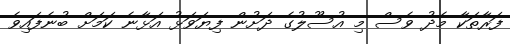
ފަރާތަކާ މެދު ވެސް މި އުސޫލުގެ ދަށުން ފިޔަވަޅު އަޅާނެ ކަމަށް ބުނެފައިވެ